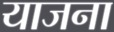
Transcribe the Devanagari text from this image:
याजना